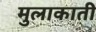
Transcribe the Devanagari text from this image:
मुलाकाती